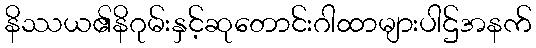
နိဿယ၏နိဂုမ်းနှင့်ဆုတောင်းဂါထာများပါဌ်အနက်